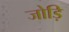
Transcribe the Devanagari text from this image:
जोड़ि